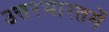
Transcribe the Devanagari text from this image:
उत्तरभारतमें